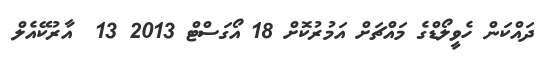
ދައްކަން ހެވީލޯޑްގެ މައްޗަށް އަމުރުކޮށް 18 އޯގަސްޓް 2013 13  އާރުކޭއެލް